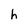
Character: h